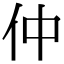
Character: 仲